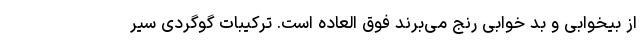
از بیخوابی و بد خوابی رنج می‌برند فوق العاده است. ترکیبات گوگردی سیر